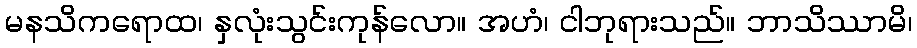
မနသိကရောထ၊ နှလုံးသွင်းကုန်လော။ အဟံ၊ ငါဘုရားသည်။ ဘာသိဿာမိ၊